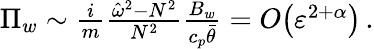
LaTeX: \begin{array}{r}{\Pi_{w}\sim\frac{i}{m}\frac{\hat{\omega}^{2}-N^{2}}{N^{2}}\frac{B_{w}}{c_{p}\bar{\theta}}={O}\! \left({\varepsilon}^{2+\alpha}\right)\, .}\end{array}